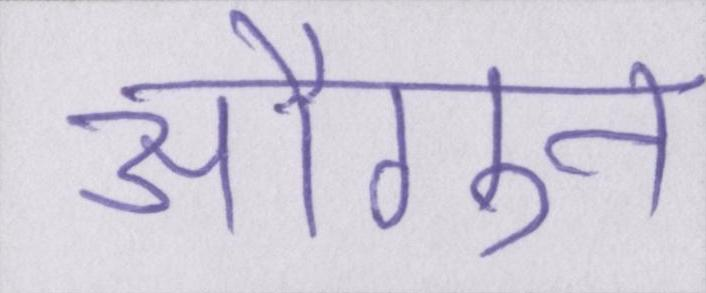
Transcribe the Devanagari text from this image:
औगुन